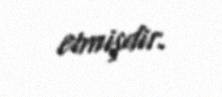
etmişdir.